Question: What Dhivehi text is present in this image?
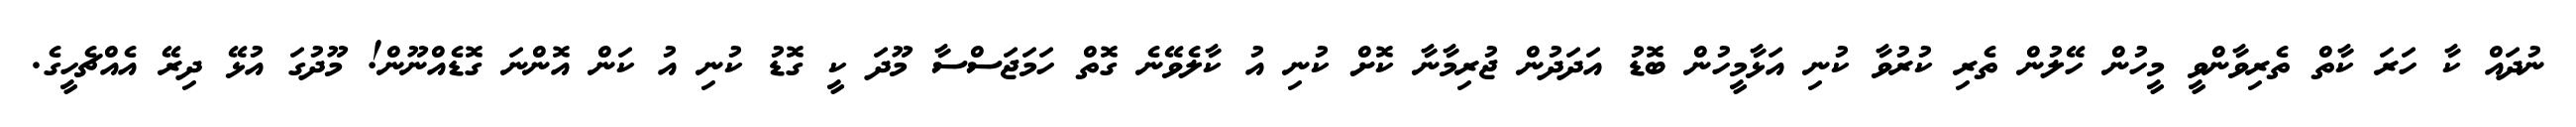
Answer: ނުދައް ކާ ހަރަ ކާތް ތެރިވާންވީ މީހުން ހޭލުން ތެރި ކުރުވާ ކުނި އަޅާމީހުން ބޮޑު އަދަދުން ޖުރިމާނާ ކޮށް ކުނި އު ކާލެވޭނެ ގޮތް ހަމަޖަސްސާ މޫދަ ކީ ގޮޑު ކުނި އު ކަން އޮންނަ ގޮޑެއްނޫން! މޫދުގަ އުޅޭ ދިރޭ އެއްޗެހީގެ.